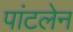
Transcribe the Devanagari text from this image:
पांटलेन